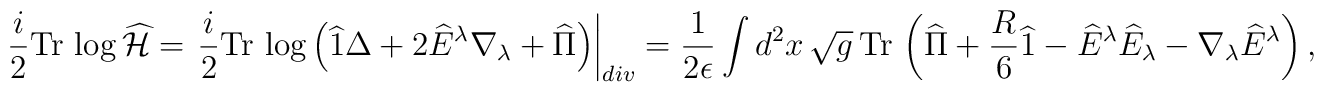
\frac{i}{2} \mbox{Tr}\, \log  \widehat{\cal H}=\left. \frac{i}{2} \mbox{Tr}\, \log  \left( \widehat{1} \Delta+ 2 \widehat{E}^\lambda \nabla_\lambda+ \widehat{\Pi}\right)\right|_{div} = \frac{1}{2\epsilon} \int d^2 x \,\sqrt{g} \,\mbox{Tr}\, \left( \widehat{\Pi}+ \frac{R}{6} \widehat{1}- \widehat{E}^\lambda  \widehat{E}_\lambda - \nabla_\lambda \widehat{E}^\lambda \right),